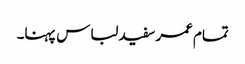
تمام عمر سفید لباس پہنا۔